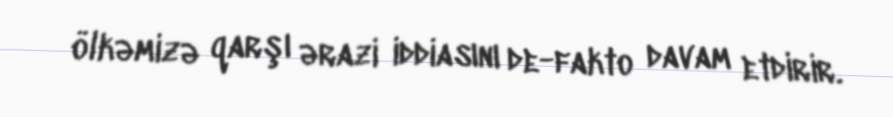
ölkəmizə qarşı ərazi iddiasını de-fakto davam etdirir.